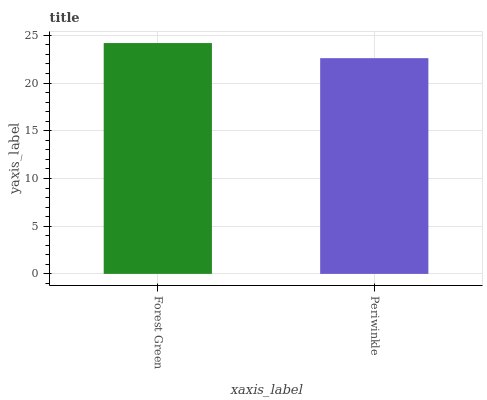
| xaxis_label | bars |
 | --- | --- |
 | Forest Green | 24.2 |
 | Periwinkle | 22.6 |